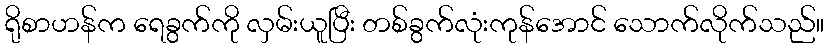
ရိုစာဟန်က ရေခွက်ကို လှမ်းယူပြီး တစ်ခွက်လုံးကုန်အောင် သောက်လိုက်သည်။